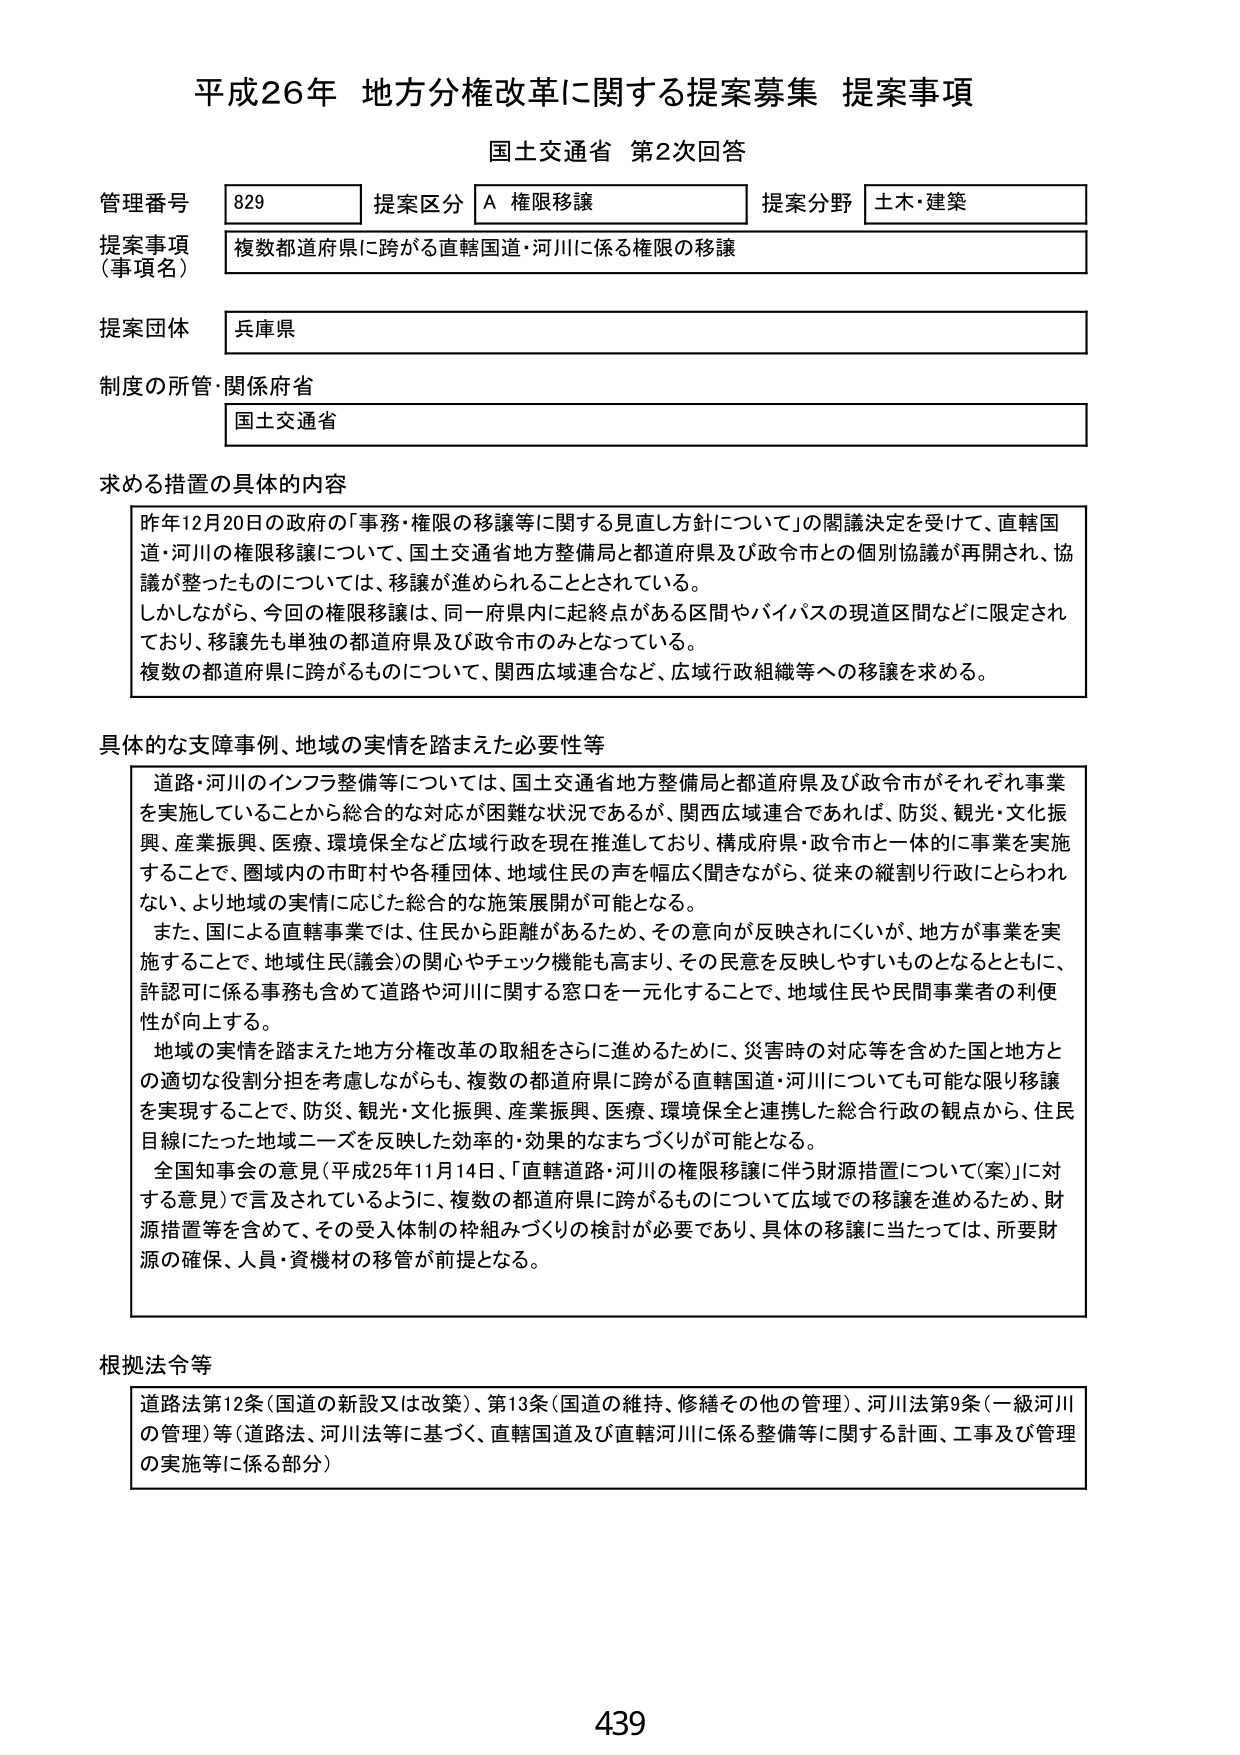
平成26年 地方分権改革に関する提案募集 提案事項
国土交通省 第2次回答

管理番号 829 提案区分 A 権限移譲 提案分野 土木・建築
提案事項（事項名） 複数都道府県に跨がる直轄国道・河川に係る権限の移譲
提案団体 兵庫県
制度の所管・関係府省 国土交通省

求める措置の具体的な内容
昨年12月20日の政府の「事務・権限の移譲等に関する見直し方針について」の閣議決定を受けて、直轄国道・河川の権限移譲について、国土交通省地方整備局と都道府県及び政令市との個別協議が再開され、協議が整ったものについては、移譲が進められることとされている。
しかしながら、今回の権限移譲は、同一府県内に起終点がある区間やバイパスの現道区間などに限定されており、移譲先も単独の都道府県及び政令市のみとなっている。
複数の都道府県に跨がるものについて、関西広域連合など、広域行政組織等への移譲を求める。

具体的な支障事例、地域の実情を踏まえた必要性等
道路・河川のインフラ整備等については、国土交通省地方整備局と都道府県及び政令市がそれぞれ事業を実施していることから総合的な対応が困難な状況であるが、関西広域連合であれば、防災、観光・文化振興、産業振興、医療、環境保全など広域行政を現在推進しており、構成府県・政令市と一体的に事業を実施することで、圏域内の市町村や各種団体、地域住民の声を幅広く聞きながら、従来の縦割り行政にとらわれない、より地域の実情に応じた総合的な施策展開が可能となる。
また、国による直轄事業では、住民から距離があるため、その意向が反映されにくいが、地方が事業を実施することで、地域住民（議会）の関心やチェック機能も高まり、その民意を反映しやすいものとなるとともに、許認可に係る事務も含めて道路や河川に関する窓口を一元化することで、地域住民や民間事業者の利便性が向上する。
地域の実情を踏まえた地方分権改革の取組をさらに進めるために、災害時の対応等を含めた国と地方との適切な役割分担を考慮しながらも、複数の都道府県に跨がる直轄国道・河川についても可能な限り移譲を実現することで、防災、観光・文化振興、産業振興、医療、環境保全と連携した総合行政の観点から、住民目線にたった地域ニーズを反映した効率的・効果的なまちづくりが可能となる。
全国知事会の意見（平成25年11月14日、「直轄道路・河川の権限移譲に伴う財源措置について（案）」に対する意見）で言及されているように、複数の都道府県に跨がるものについて広域での移譲を進めるため、財源措置等を含めて、その受入体制の枠組みづくりの検討が必要であり、具体的移譲に当たっては、所要財源の確保、人員・資機材の移管が前提となる。

根拠法令等
道路法第12条（国道の新設又は改築）、第13条（国道の維持、修繕その他の管理）、河川法第9条（一級河川の管理）等（道路法、河川法等に基づく、直轄国道及び直轄河川に係る整備等に関する計画、工事及び管理の実施等に係る部分）

439